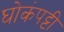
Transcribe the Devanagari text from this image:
घोकंपट्टी